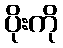
ပိုးကို